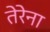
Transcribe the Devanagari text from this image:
तेरेना